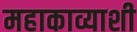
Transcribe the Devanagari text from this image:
महाकाव्याशी